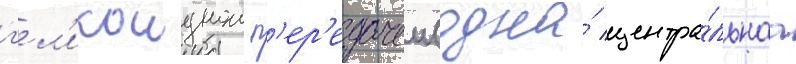
г'ел'икоиднои п'ер'едачеи (одна́ центра́льнаа